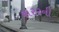
શરરની